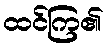
ထင်ကြ၏